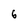
Character: 6